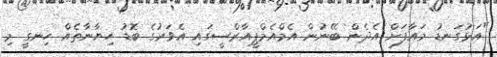
"އަޅުގަނޑު މައާފަށް އެދެން ބޭނުން އެމްއެމްޕީއާރްސީގައި އެވަރުގެ ބޮޑު ހިޔާނާތެއް ހިނގީ މި